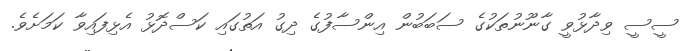
ސީސީ ވިދާޅުވީ ގާނޫނުތަކުގެ ސަބަބުން އިންސާފުގެ ދިގު އަތުގައި ކަސްދޮޅު އެޅިފައިވާ ކަަމަށެވެ.